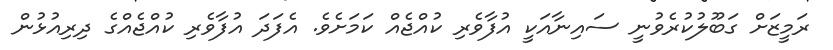
ރަމީޒަށް ގަބޫލުކުރެވުނީ ސައިނާއަކީ އުފާވެރި ކުއްޖެއް ކަމަށެވެ. އެފަދަ އުފާވެރި ކުއްޖެއްގެ ދިރިއުޅުން